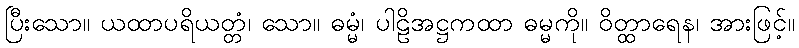
ပြီးသော။ ယထာပရိယတ္တံ၊ သော။ ဓမ္မံ၊ ပါဠိအဋ္ဌကထာ ဓမ္မကို။ ဝိတ္ထာရေန၊ အားဖြင့်။